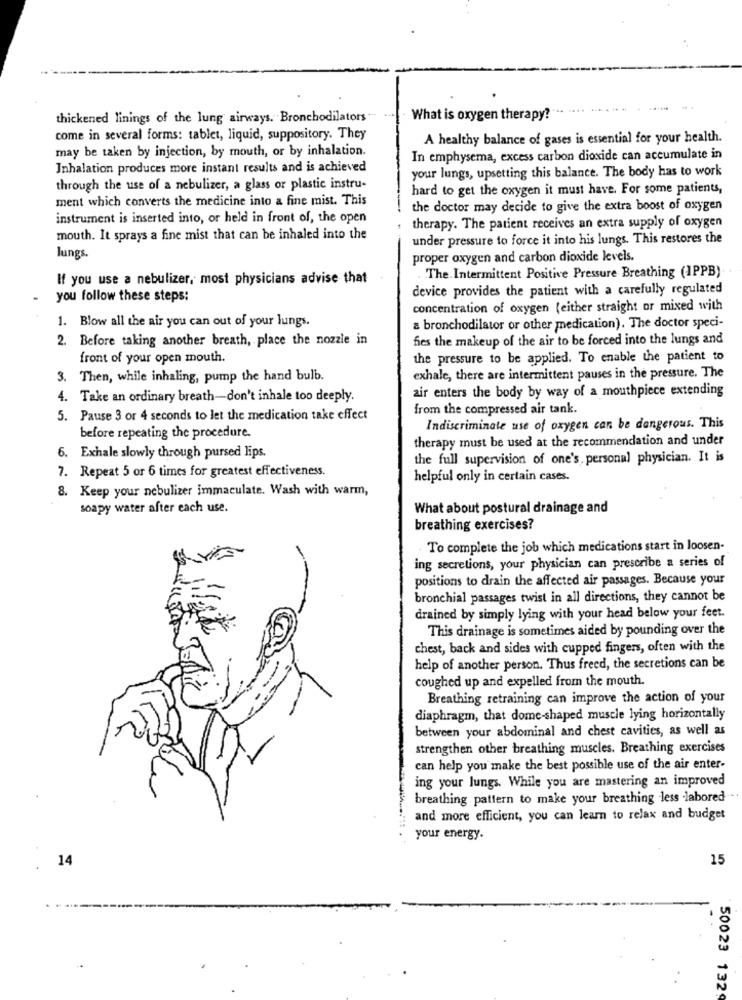
thickened linings of the lung airways. Bronchodilators "
What is oxygen therapy?
come in several forms: tablet, liquid, suppository. They
A healthy balance of gases is essential for your health.
may be taken by injection, by mouth, or by inhalation.
In emphysema, excess carbon dioxide can accumulate in
Inhalation produces more instant results and is achieved
your lungs, upsetting this balance. The body has to work
through the use of a nebulizer, a glass or plastic instru-
hard to get the oxygen it must have. For some patients,
ment which converts the medicine into a fine mist. This
the doctor may decide to give the extra boost of oxygen
instrument is inserted into, or held in front of, the open
therapy. The patient receives an extra supply of oxygen
mouth. It sprays a fine mist that can be inhaled into the
under pressure to force it into his lungs. This restores the
lungs.
proper oxygen and carbon dioxide levels.
If you use a nebulizer, most physicians advise that
The. Intermittent Positive Pressure Breathing (IPPB)
device provides the patient with a carefully regulated
you follow these steps:
concentration of oxygen (either straight or mixed with
1. Blow all the air you can out of your lungs.
a bronchodilator or other medication). The doctor speci-
2. Before taking another breath, place the nozzle in
fies the makeup of the air to be forced into the lungs and
front of your open mouth.
the pressure to be applied. To enable the patient to
3. Then, while inhaling, pump the hand bulb.
exhale, there are intermittent pauses in the pressure. The
air enters the body by way of a mouthpiece extending
4. Take an ordinary breath-don't inhale too deeply.
from the compressed air tank.
5. Pause 3 or 4 seconds to let the medication take effect
Indiscriminate use of oxygen can be dangerous. This
before repeating the procedure.
therapy must be used at the recommendation and under
6. Exhale slowly through pursed lips.
the full supervision of one's, personal physician. It is
7. Repeat 5 or 6 times for greatest effectiveness.
helpful only in certain cases.
8. Keep your nebulizer immaculate. Wash with warm,
soapy water after each use.
What about postural drainage and
breathing exercises?
To complete the job which medications start in loosen-
ing secretions, your physician can prescribe a series of
positions to drain the affected air passages. Because your
bronchial passages twist in all directions, they cannot be
drained by simply lying with your head below your feet.
This drainage is sometimes aided by pounding over the
chest, back and sides with cupped fingers, often with the
help of another person. Thus freed, the secretions can be
coughed up and expelled from the mouth.
Breathing retraining can improve the action of your
diaphragm, that dome-shaped muscle lying horizontally
between your abdominal and chest cavities, as well as
strengthen other breathing muscles. Breathing exercises
can help you make the best possible use of the air enter-
ing your lungs. While you are mastering an improved
breathing pattern to make your breathing less labored
and more efficient, you can learn to relax and budget
your energy.
14
15
50023 1329